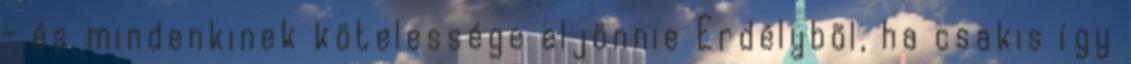
- és mindenkinek kötelessége eljönnie Erdélybõl, ha csakis így